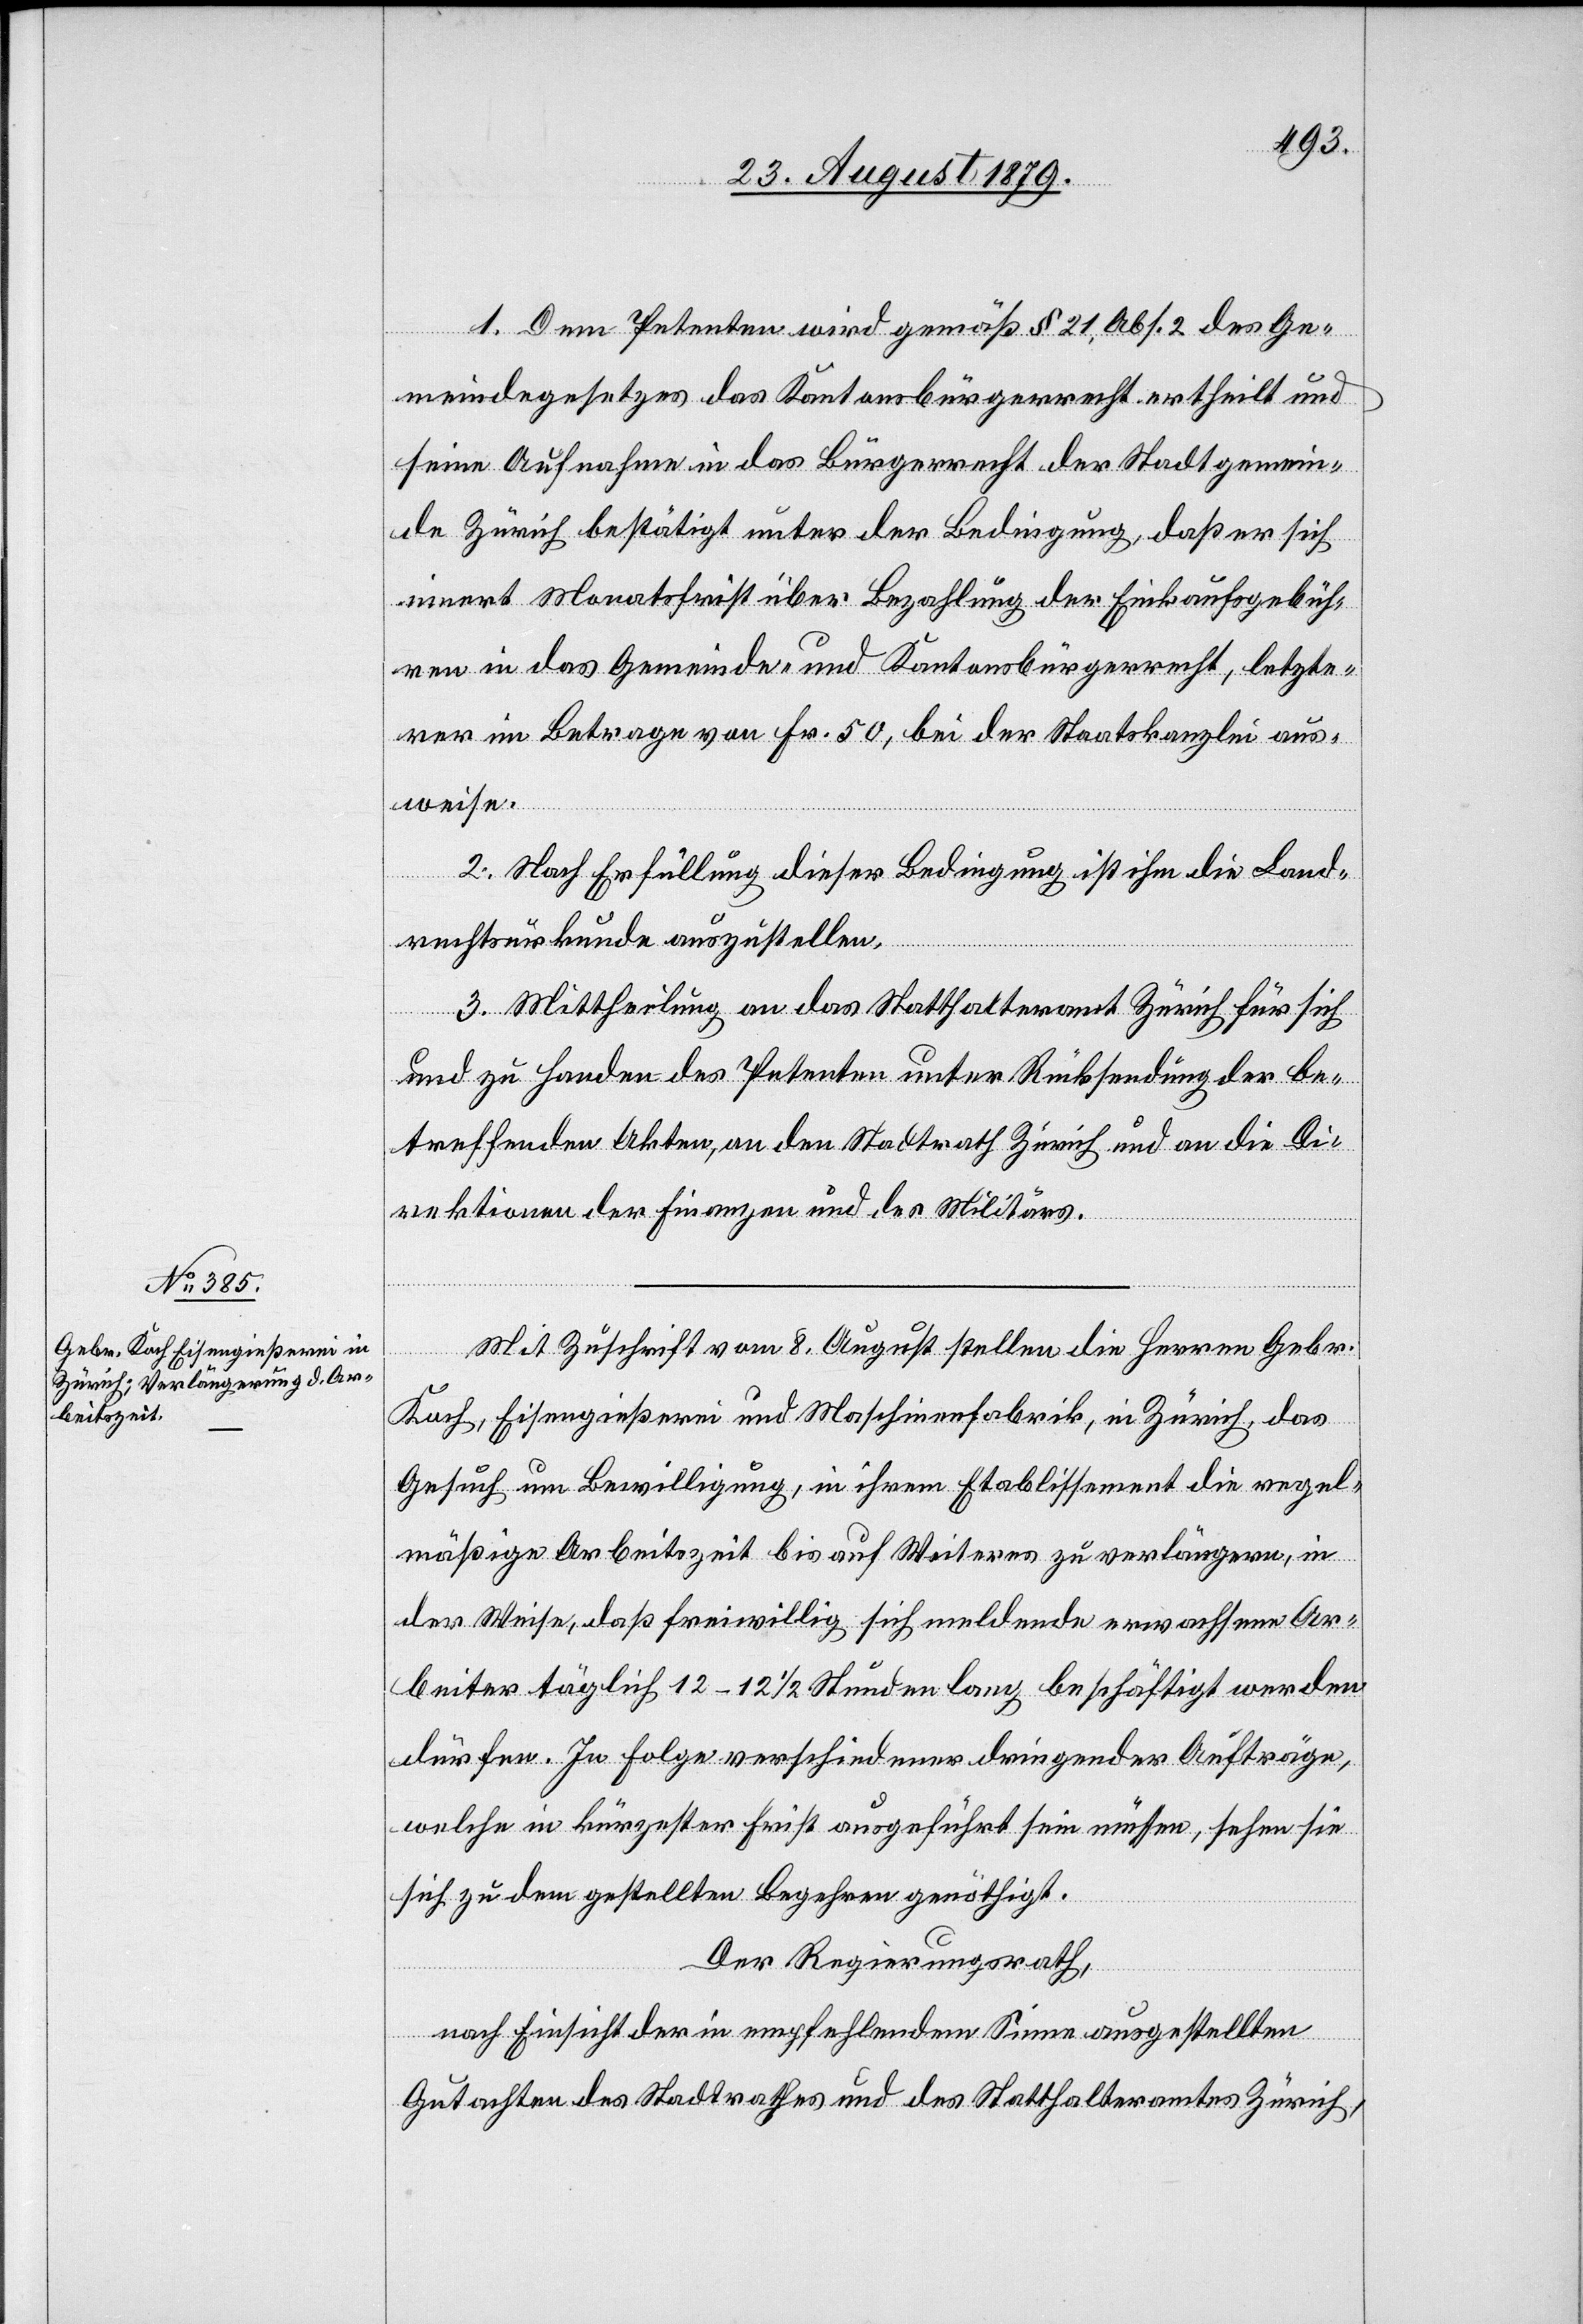
1. Dem Petenten wird gemäß § 21, Abs. 2 des Ge¬
meindegesetzes das Kantonsbürgerrecht ertheilt und
seine Aufnahme in das Bürgerrecht der Stadtgemein¬
de Zürich bestätigt unter der Bedingung, daß er sich
innert Monatsfrist über Bezahlung der Einkaufsgebüh¬
ren in das Gemeinde- und Kantonsbürgerrecht, letzte¬
rer im Betrage von Fr. 50, bei der Staatskanzlei aus¬
weise.
2. Nach Erfüllung dieser Bedingung ist ihm die Land¬
rechtsurkunde auszustellen.
3. Mittheilung an das Statthalteramt Zürich für sich
und zu Handen des Petenten unter Rücksendung der be¬
treffenden Akten an den Stadtrath Zürich und an die Di¬
rektionen der Finanzen und des Militärs.
Mit Zuschrift vom 8. August stellen die Herren Gebr.
Koch, Eisengießerei und Maschinenfabrik, in Zürich, das
Gesuch um Bewilligung, in ihrem Etablissement die regel¬
mäßige Arbeitszeit bis auf Weiteres zu verlängern, in
der Weise, daß freiwillig sich meldende erwachsene Ar¬
beiter täglich 12–12 1/2 Stunden lang beschäftigt werden
dürfen. In Folge verschiedener dringender Aufträge,
welche in kürzester Frist ausgeführt sein müssen, sehen sie
sich zu dem gestellten Begehren genöthigt.
Der Regierungsrath,
nach Einsicht der in empfehlendem Sinne ausgestellten
Gutachten des Stadtrathes und des Statthalteramtes Zürich,